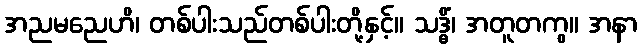
အညမညေဟိ၊ တစ်ပါးသည်တစ်ပါးတို့နှင့်။ သဒ္ဓိံ၊ အတူတကွ။ အနာ